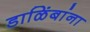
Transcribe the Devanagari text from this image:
डाळिंबांना